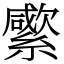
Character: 䌠